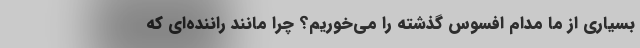
بسیاری از ما مدام افسوس گذشته را می‌خوریم؟ چرا مانند راننده‌ای که